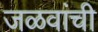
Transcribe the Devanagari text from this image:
जळवांची